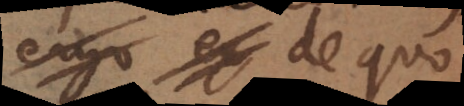
ergo ex de quo